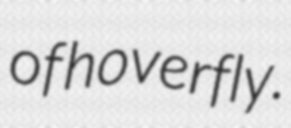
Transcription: of hoverfly.